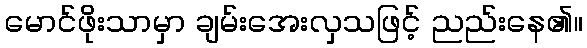
မောင်ဖိုးသာမှာ ချမ်းအေးလှသဖြင့် ညည်းနေ၏။